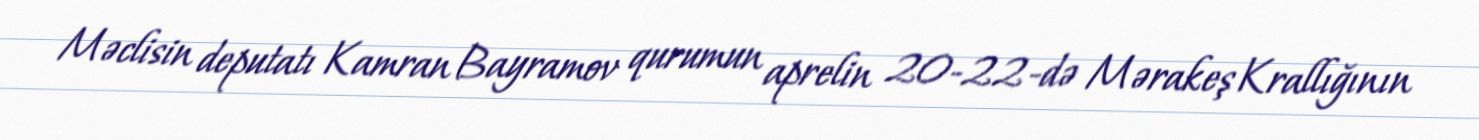
Məclisin deputatı Kamran Bayramov qurumun aprelin 20-22-də Mərakeş Krallığının